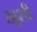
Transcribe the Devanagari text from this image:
खूशी